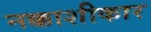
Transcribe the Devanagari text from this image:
नक्काशीकार